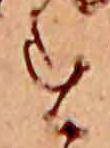
す